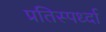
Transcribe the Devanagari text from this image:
प्रतिस्पर्ध्दा